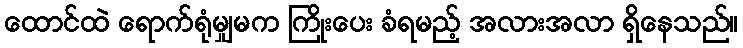
ထောင်ထဲ ရောက်ရုံမျှမက ကြိုးပေး ခံရမည့် အလားအလာ ရှိနေသည်။